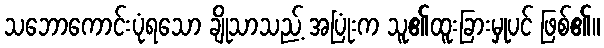
သဘောကောင်းပုံရသော ချိုသာသည့် အပြုံးက သူ၏ထူးခြားမှုပင် ဖြစ်၏။